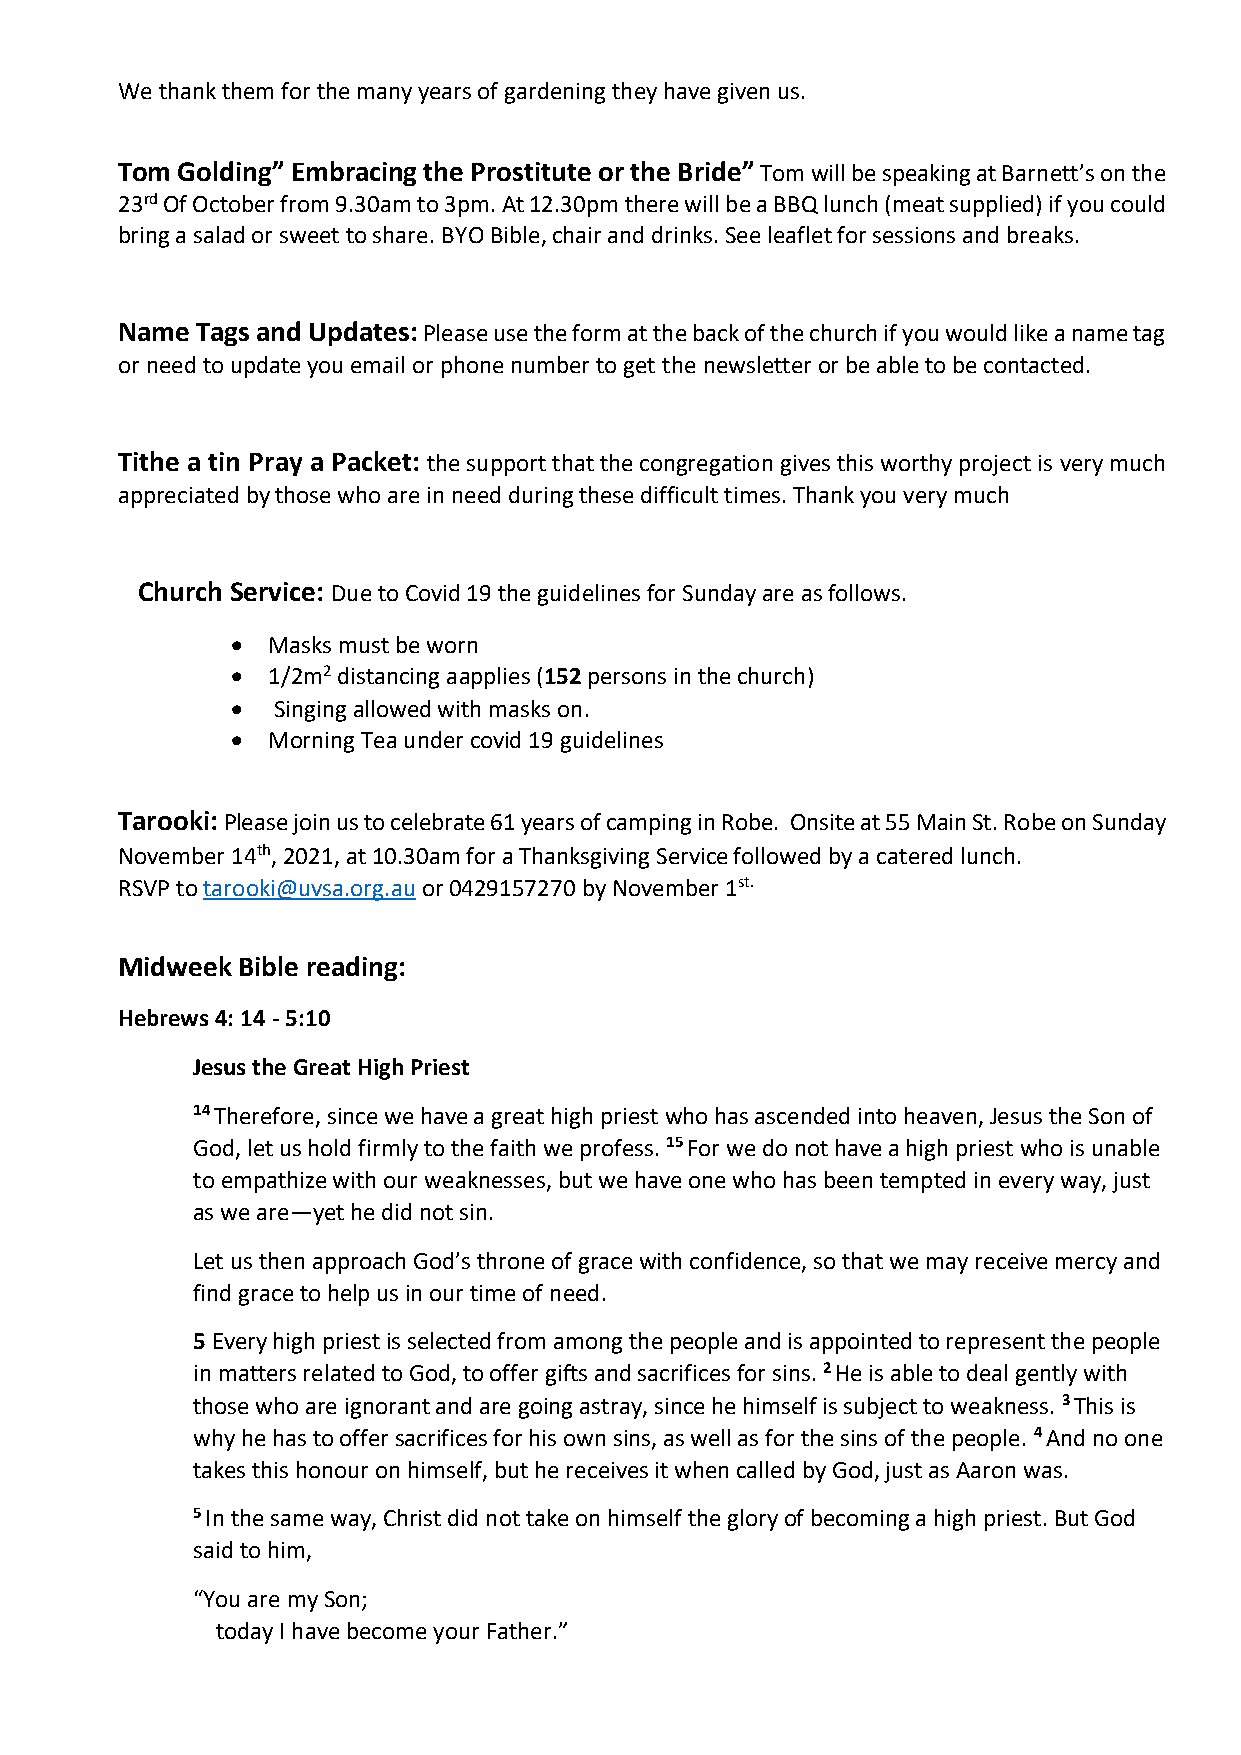
We thank them for the many years of gardening they have given us.
 Tom Golding” Embracing the Prostitute or the Bride” Tom will be speaking at Barnett’s on the
 23rd Of October from 9.30am to 3pm. At 12.30pm there will be a BBQ lunch (meat supplied) if you could
 bring a salad or sweet to share. BYO Bible, chair and drinks. See leaflet for sessions and breaks.
 Name Tags and Updates: Please use the form at the back of the church if you would like a name tag
 or need to update you email or phone number to get the newsletter or be able to be contacted.
 Tithe a tin Pray a Packet: the support that the congregation gives this worthy project is very much
 appreciated by those who are in need during these difficult times. Thank you very much
 Church Service: Due to Covid 19 the guidelines for Sunday are as follows.
 •  Masks must be worn
 •  1/2m2 distancing aapplies (152 persons in the church)
 •  Singing allowed with masks on.
 •  Morning Tea under covid 19 guidelines
 Tarooki: Please join us to celebrate 61 years of camping in Robe. Onsite at 55 Main St. Robe on Sunday
 November 14th, 2021, at 10.30am for a Thanksgiving Service followed by a catered lunch.
 RSVP to tarooki@uvsa.org.au or 0429157270 by November 1st.
 Midweek Bible reading:
 Hebrews 4: 14 - 5:10
 Jesus the Great High Priest
 14 Therefore, since we have a great high priest who has ascended into heaven, Jesus the Son of
 God, let us hold firmly to the faith we profess. 15 For we do not have a high priest who is unable
 to empathize with our weaknesses, but we have one who has been tempted in every way, just
 as we are—yet he did not sin.
 Let us then approach God’s throne of grace with confidence, so that we may receive mercy and
 find grace to help us in our time of need.
 5 Every high priest is selected from among the people and is appointed to represent the people
 in matters related to God, to offer gifts and sacrifices for sins. 2 He is able to deal gently with
 those who are ignorant and are going astray, since he himself is subject to weakness. 3 This is
 why he has to offer sacrifices for his own sins, as well as for the sins of the people. 4 And no one
 takes this honour on himself, but he receives it when called by God, just as Aaron was.
 5 In the same way, Christ did not take on himself the glory of becoming a high priest. But God
 said to him,
 “You are my Son;
 today I have become your Father.”